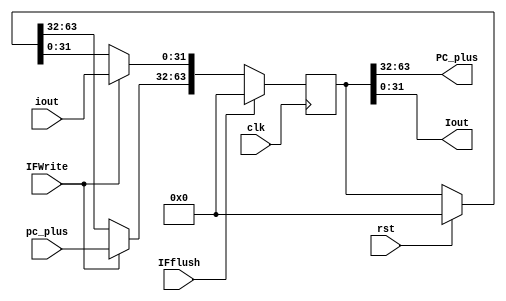
`timescale 1ns / 1ps
//////////////////////////////////////////////////////////////////////////////////
// Company: 
// Engineer: 
// 
// Design Name: 
// Module Name: liureg
// Project Name: 
// Target Devices: 
// Tool Versions: 
// Description: 
// 
// Dependencies: 
// 
// Revision:
// Revision 0.01 - File Created
// Additional Comments:
// 
//////////////////////////////////////////////////////////////////////////////////


module IFID(input clk,rst,IFflush,IFWrite,
            input [31:0] pc_plus,iout,
            output  [31:0] PC_plus,Iout
 );
        reg [63:0] IF;
        always@(posedge clk) begin
           if(rst) IF=64'b0;
           if(IFflush) IF=64'b0;
              else if (IFWrite) begin
                   IF[63:32] = pc_plus;
                   IF[31:0] = iout; end
        end
        assign PC_plus = IF[63:32];
        assign Iout    = IF[31:0];
            
endmodule
module IDEX(  input clk,ctrflush,
              input [31:0] read_1,read_2,imex,
              input [11:0] contro,              //Jump Sign
              input [4:0] rs,rt,rd,
              output [4:0] Rs,Rt,Rd,
              output [31:0] Read_3,Read_4,Imex,
              output  [4:0] EX,
              output  [1:0] WB,
              output  [2:0] M
                        
    );
             reg [147:0] ID;
             always@(posedge clk) begin
                 if(ctrflush) ID[147:138] = 10'b0;
                         else ID [147:138]<= contro[11:2]; 
                  ID [4:0]    <= rd;
                  ID [9:5]    <= rt;
                  ID [41:10]  <= imex;
                  ID [73:42]  <= read_2;
                  ID [105:74] <= read_1;
                  ID [110:106]<= rs;
                  
             end
            assign WB   = ID[147:146];
            assign M    = ID[145:143];
            assign EX   = ID[142:138];
            assign Rs = ID[110:106];
            assign Read_3  = ID[105:74];
            assign Read_4  = ID[73:42];
            assign Imex    = ID[41:10];
            assign Rt      = ID[9:5];
            assign Rd      = ID[4:0];
endmodule

module EXMEM( input clk, 
              input [1:0]WB,
              input [2:0]M,
              input[31:0] result,read_2,
              input [4:0] Regd,             //WriteBack regsister
              output[31:0] Result,Read_2,
              //output [31:0] PC_br
              //output Zero,
              output [4:0]RegD,
              output [1:0] WB_o,
              output [2:0] M_o
   );
            reg [106:0] EX;
            always@(posedge clk) begin
                 EX[106:105] <= WB;
                 EX[104:102] <= M;
                // EX[101:70]  <= pc_br;
                // EX[69]      <= zero;
                 EX[68:37]   <= result;
                 EX[36:5]    <= read_2;
                 EX[4:0]     <= Regd;
            end
            assign WB_o   = EX[106:105];
            assign M_o    = EX[104:102];
           // assign PC_br  = EX[101:70];
           // assign Zero   = EX[69];
            assign Result = EX[68:37];
            assign Read_2 = EX[36:5];
            assign RegD   = EX[4:0];
            
 endmodule
 
module MEMWB( input clk,
              input [1:0]WB_2,
              input [31:0]dm_read,aluresult,
              input [4:0] Regd,
              output[31:0]DmRead,Aluresult,
              output[4:0] RegD,
              output [1:0]WB
);
         reg [70:0] ME;
         always@(posedge clk) begin
                ME[70:69] <= WB_2;
                ME[68:37] <= dm_read;
                ME[36:5]  <= aluresult;
                ME[4:0]   <= Regd;
         end  
         assign WB        = ME[70:69];
         assign DmRead    = ME[68:37];
         assign Aluresult = ME[36:5];
         assign RegD      = ME[4:0];
endmodule